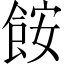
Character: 𩛖